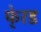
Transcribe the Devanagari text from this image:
फे्रड